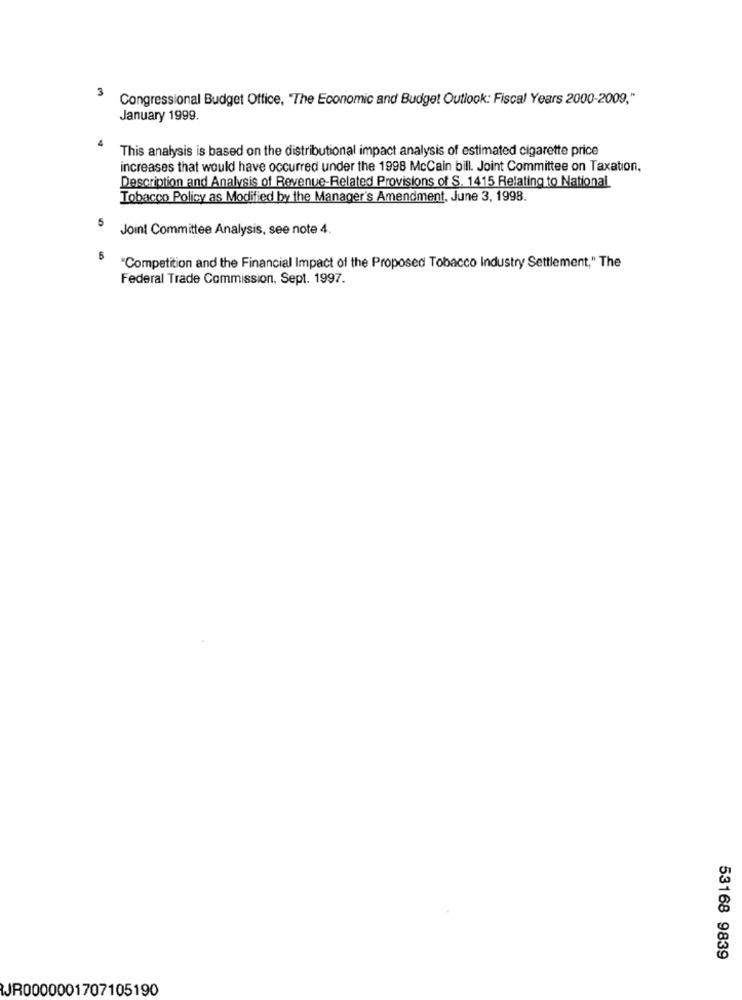
3
Congressional Budget Office, "The Economic and Budget Outlook: Fiscal Years 2000-2009,"
January 1999.
This analysis is based on the distributional impact analysis of estimated cigarette price
increases that would have occurred under the 1998 McCain bill. Joint Committee on Taxation,
Description and Analysis of Revenue-Related Provisions of S. 1415 Relating to National
Tobacco Policy as Modified by the Manager's Amendment, June 3, 1998.
5
Joint Committee Analysis, see note 4.
"Competition and the Financial Impact of the Proposed Tobacco Industry Settlement," The
Federal Trade Commission, Sept. 1997.
53168 9839
JR0000001707105190